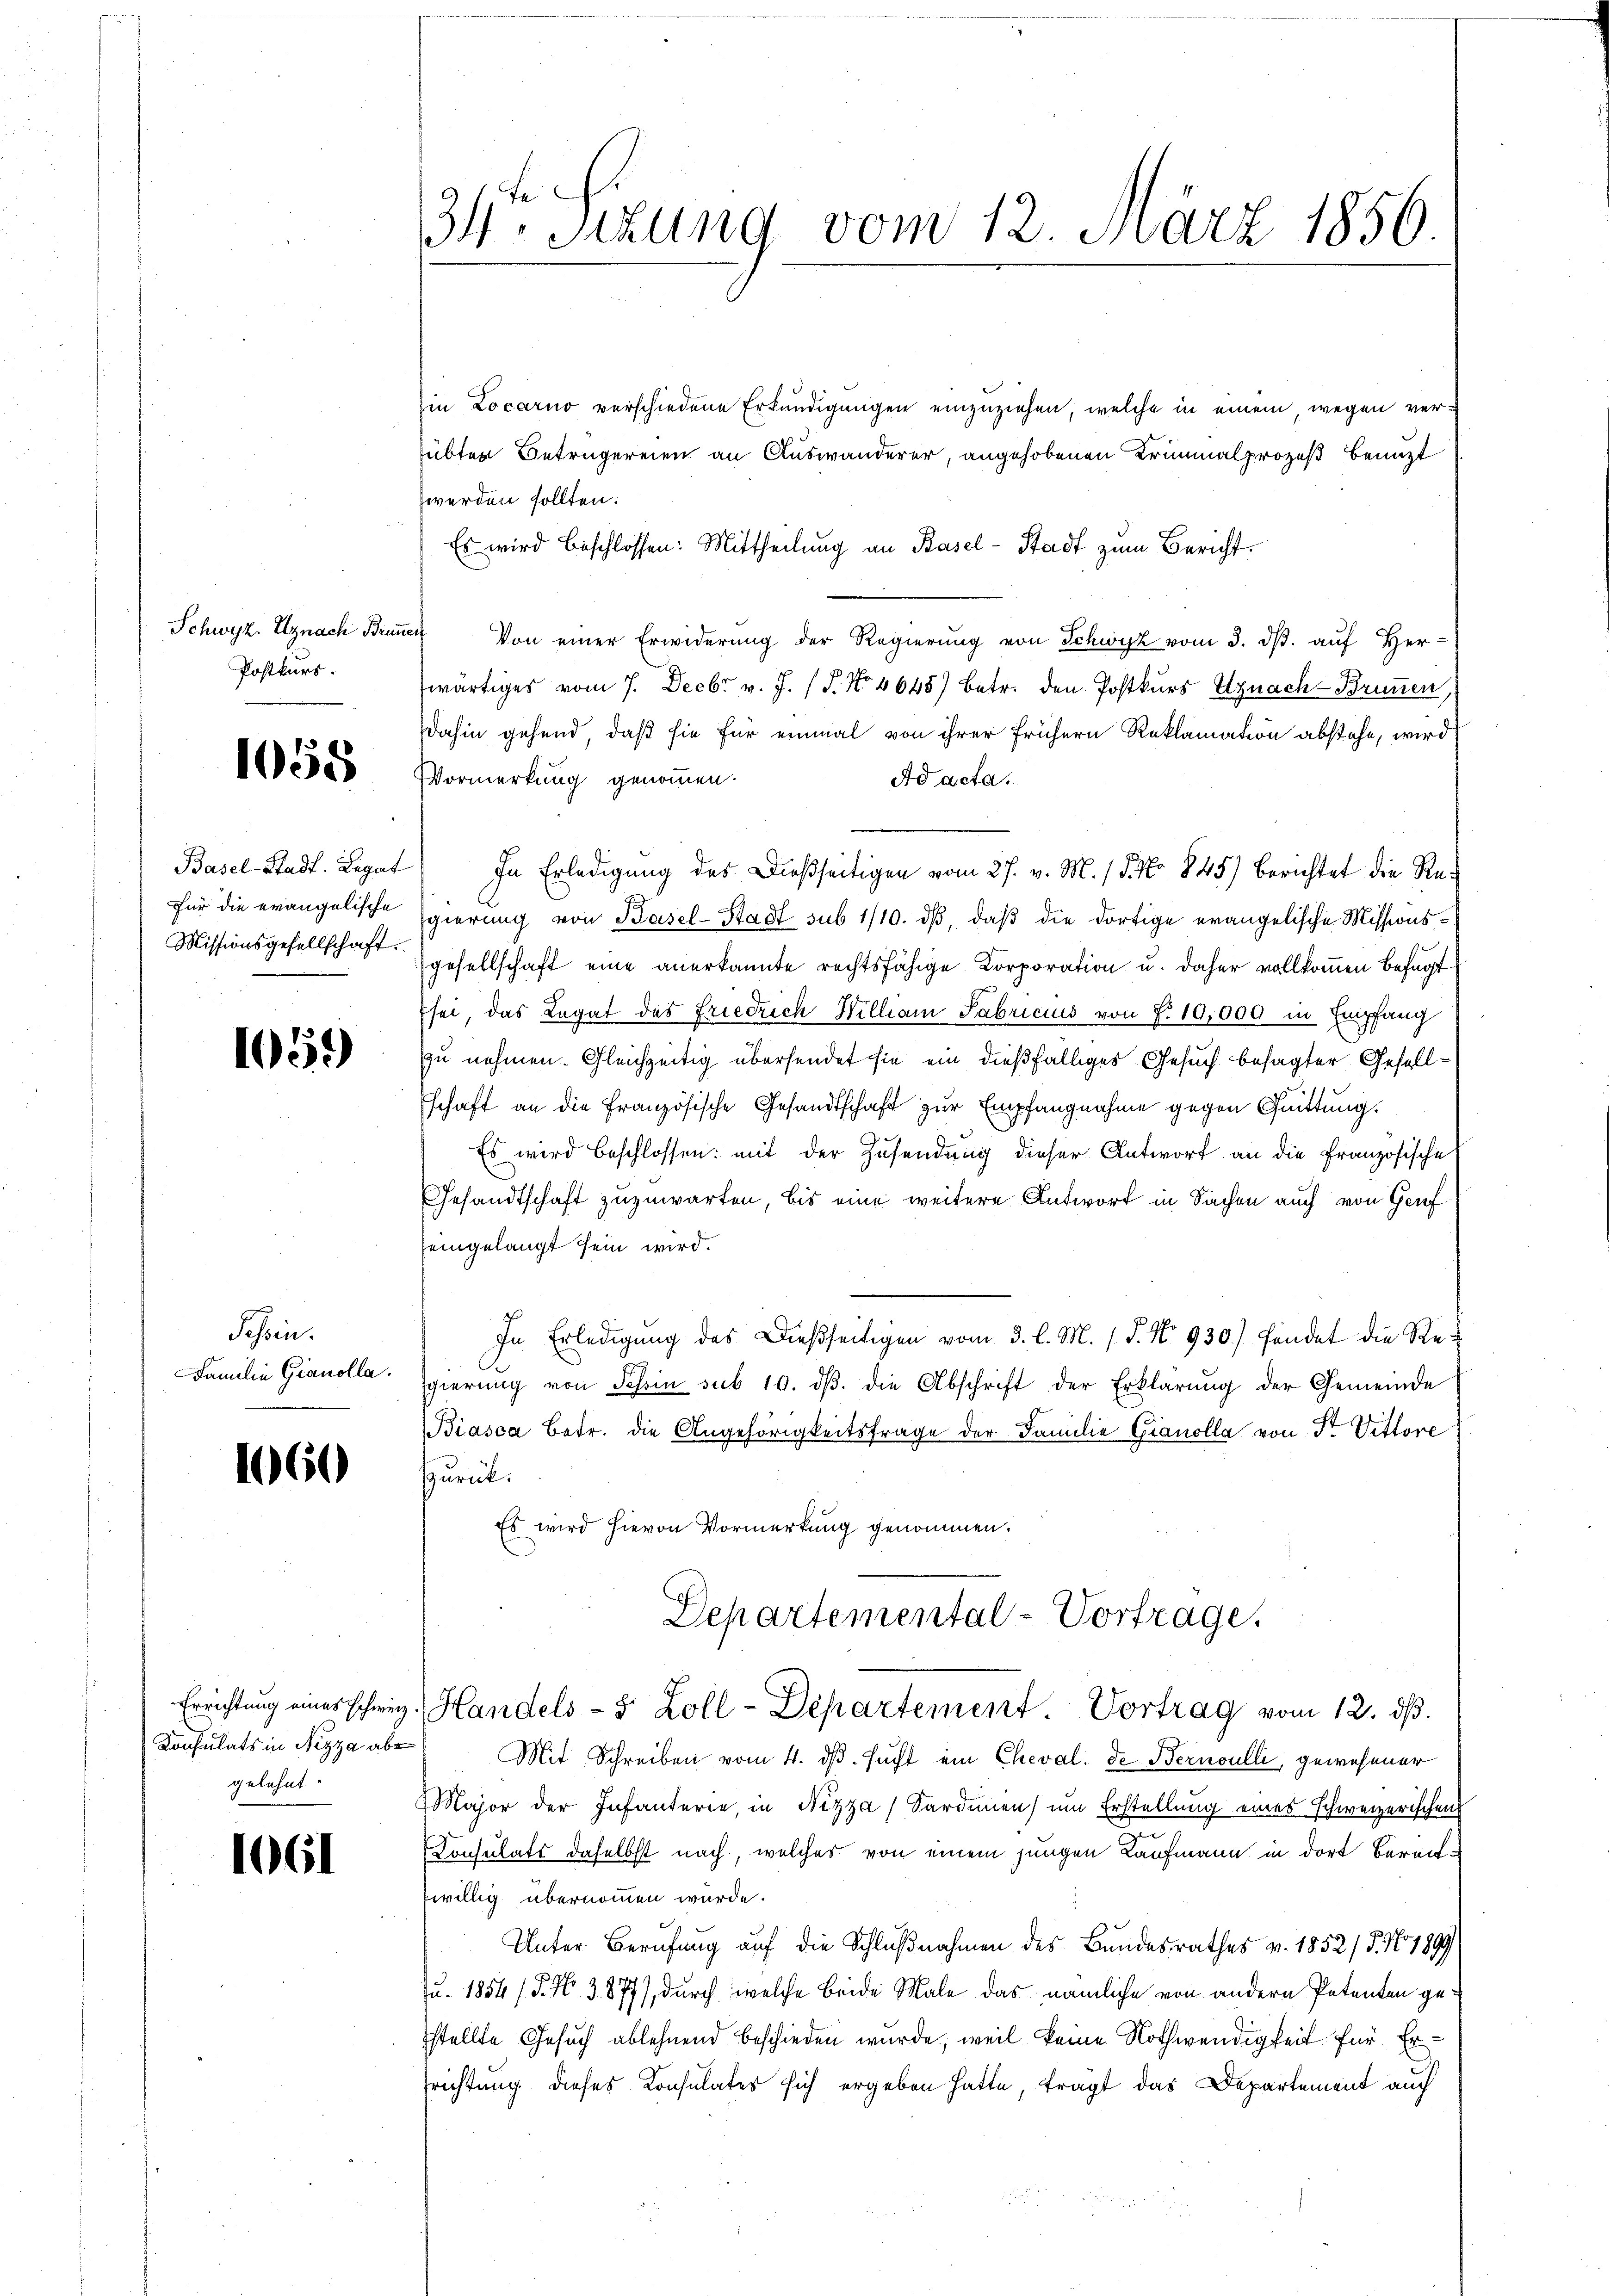
Schwyz. Uznach Brummer
Postkurs.

1058

Für die evangelische
Missionsgesellschaft.

105)

Tessin.
Familie Gianolla.

160)

Konsulats in Nizza abe
gelehnt.

1061

in Locarno verschiedene Erkundigungen einzuziehen, welche in einem wegen versübten Betrügereien an Auswanderer, angehobenen Kriminalprozeß benuzt
werden sollten.
Es wird beschlossen: Mittheilung an Basel-Stadt zum Bericht.
Von einer Erwiderŭng der Regierŭng von Schwyz vom 3. dβ. aŭf her-
wärtiges vom 7. Decbr v. J. (T. No 4645) betr. den Postkurs Utznach - Brimmen,
dahin gehend, daß sie für einmal von ihrer frühern Reklamation abstehe, wird
Vormerkung genommen.
Ad acta.
Basel-Stadt. Legat) In Erledigŭng des Dießseitigen vom 27. v. M. / 5. No 845) Berichtet die Regierung von Basel-Stadt sub 1/10. dβ, daß die dortige evangelische Missionssgesellschaft eine anerkannte rechtsfähige Corporation u. daher vollkommen befugt
Esei, das Legat des Friedrich Willian Fabricius von f. 10,000 in Empfang
zu nehmen. Gleichzeitig übersendet sie ein dießfälliges Gesuch besagter Gesell¬
Eschaft an die Französische Gesandtschaft zur Empfangnahme gegen Quittung.
Es wird beschlossen: mit der Zusendung dieser Antwort an die Französische
Gesandtschaft zuzuwarten, bis eine weitere Antwort in Sachen auch von Genf
eingelangt sein wird.
In Erledigŭng des Dießseitigen vom 3. l. M. (T. No 930) findet die Regierŭng von Schein sub 10. dβ. die Abschrift der Erklärŭng der Gemeinde
Biasca betr. die Angehörigkeitsfrage der Familie Gianolla von Dr. Vittore
Zurück.
Es wird hievon Vormerkung genommen.
Departemental-Vortrage.
Errichtŭng eines schweiz. Handels- & Zoll-Departement. Vortrag vom 12. dβ.
Mit Schreiben vom 4. dβ. sucht ein Cheval. de Bernoulli, gewesener
Major der Infanterie, in Nizza Sardinen ŭm Erstellung eines schweizerischen
Consulats daselbst nach, welches von einem jungen Kaufmann in dort bereitwillig übernommen wurde.
Unter Berufung auf die Schlußnahmen des Bundesrathes v. 1852 / 5. No. 1899
Ju. 1854 /P. Nr. 3877), durch welche beide Male das nämliche von andern Petenten gestellte Gesuch ablehnend beschieden wurde; weil keine Nothwendigkeit für Ersrichtung dieses Consulates sich ergeben hatte, tragt das Departement auch

34te Sitzung vom 12. März 1856.